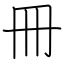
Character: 冊